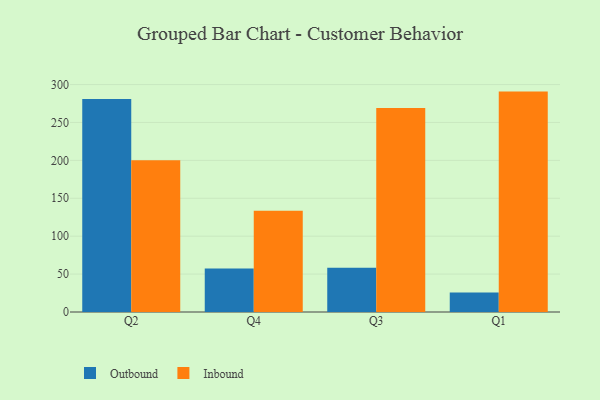
{"axis": {"x": "Quarter", "y": "Backlog"}, "legend": ["Inbound", "Outbound"], "data": [{"x": "Q2", "y": 280.8, "type": "Outbound"}, {"x": "Q2", "y": 200.3, "type": "Inbound"}, {"x": "Q4", "y": 57.3, "type": "Outbound"}, {"x": "Q4", "y": 133.5, "type": "Inbound"}, {"x": "Q3", "y": 58.3, "type": "Outbound"}, {"x": "Q3", "y": 269.1, "type": "Inbound"}, {"x": "Q1", "y": 25.8, "type": "Outbound"}, {"x": "Q1", "y": 290.7, "type": "Inbound"}]}